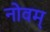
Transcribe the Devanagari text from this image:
नोवम्